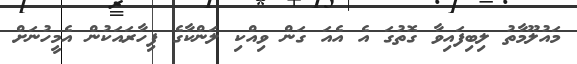
މައުލޫމާތު ލިބިފައިވާ ގޮތުގަ އެ އެއަ ގަން ވިއްކި ލަންކާގެ ފިހާރައަކުން އެމީހުނަށް